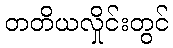
တတိယလှိုင်းတွင်